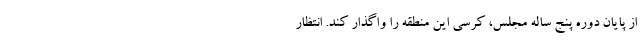
از پایان دوره پنج ساله مجلس، کرسی این منطقه را واگذار کند. انتظار